Report on vaccination in Madras 1895-1903 - 1895-1903
Year: 1895
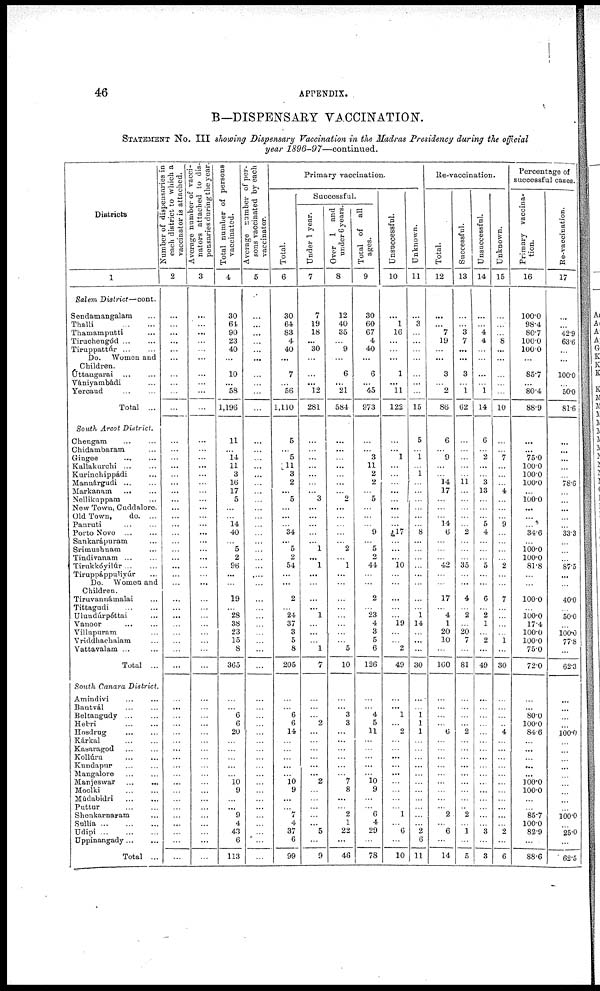
46
APPENDIX.
B—DISPENSARY VACCINATION.
STATEMENT NO. III showing Dispensary Vaccination in the Madras Presidency during the official
year 1896-97—continued.
Districts
1
Salem District—cont.
Sendamangalam ...
Thalli ... ...
Thamamputti ...
Tiruchengód ... ...
Tiruppattúr
...
...
Do. Women and
Children.
Úttangarai ... ...
Vániyambadi ...
Yercaud ... ...
Total ...
South Arcot District.
Chengam ... ...
Chidambaram ...
Gingee
...
...
Kallakurchi
...
...
Kurinchippádi ...
Mannárgudi
...
...
Markanam ... ...
Nellikuppam ... ...
New Town, Cuddalore.
Old Town,
do. ...
Panruti ... ...
Porto Novo ... ...
Sankarápuram ...
Srimushnam ...
Tindivanam ... ...
Tirukkóyilúr ... ...
Tiruppáppuliyúr ...
Do. Women and
Children.
Tiruvannámalai ...
Tittagudi
...
...
Ulundúrpéttai ...
Vanoor
...
...
Villupuram ...
Vriddhachalam ...
Vattavalam ... ...
Total ...
South Canara District.
Amindivi ... ...
Bantvál ... ...
Beltangudy
...
...
Hebri
...
...
Hosdrug ... ...
Kárkal
...
...
Kasaragod
...
...
Kollúru
...
...
Kundapur ... ...
Mangalore ... ...
Manjeswar ...
...
Moolki
...
...
Módabidri
...
...
Puttur
...
...
Shenkarnaram ...
Sullia
...
...
...
Udipi
...
...
...
Uppinangady ...
Total ...
Number of dispensaries in
each district to which a
vaccinator is attached.
2
...
...
...
...
...
...
...
...
...
...
...
...
...
...
...
...
...
...
...
...
...
...
...
...
...
...
...
...
...
...
...
...
...
...
...
...
...
...
...
...
...
...
...
...
...
...
...
...
...
...
...
...
...
...
...
Average number of vacci¬
nators attached to dis-
pensaries during the year.
3
...
...
...
...
...
...
...
...
...
...
...
...
...
...
...
...
...
...
...
...
...
...
...
...
...
...
...
...
...
...
...
...
...
...
...
...
...
...
...
...
...
...
...
...
...
...
...
...
...
...
...
...
...
...
...
Total number of persons
vaccinated.
4
30
64
90
23
40
...
10
...
58
1,196
11
...
14
11
3
16
17
5
...
...
14
40
...
5
2
96
...
...
19
...
28
38
23
15
8
365
...
...
6
6
20
...
...
...
...
...
10
9
...
...
9
4
43
6
113
Average number of per¬
sons vaccinated by each
vaccinator.
5
...
...
...
...
...
...
...
...
...
...
...
...
...
...
...
...
...
...
...
...
...
...
...
...
...
...
....
...
...
...
...
...
...
...
...
...
...
...
...
...
...
...
...
...
...
...
...
...
...
...
...
...
...
...
...
Primary vaccination.
Total.
6
30
64
83
4
40
...
7
...
56
1,110
5
...
5
11
3
2
...
5
...
...
...
34
...
5
2
54
...
...
2
...
24
37
3
5
8
205
...
...
6
6
14
...
...
...
...
...
10 9
...
...
7
4
37
6
99
Successful.
Under 1 year.
7
7
19
18
...
30
...
...
...
12
281
...
...
...
...
...
...
...
3
...
...
...
...
...
1
...
1
...
...
...
...
1
...
...
...
1
7
...
...
...
2
...
...
...
...
...
...
2
...
...
...
...
...
5
...
9
Over 1 and
under 6 years.
8
12
40
35
...
9
...
6
...
21
584
...
...
...
...
...
...
...
2
...
...
...
...
...
2
...
1
...
...
...
...
...
...
...
...
5
10
...
...
3
3
...
...
...
...
...
...
7
8
...
...
2
1
22
...
46
Total of
all
ages.
9
30
60
67
4
40
...
6
...
45
973
...
...
3
11
2
2
...
5
...
...
...
9
...
5
2
44
...
...
2
...
23
4
3
5
6
126
...
...
4
5
11
...
...
...
...
...
10
9
...
...
6
4
29
...
78
Unsuccessful.
10
...
1
16
...
...
...
1
...
11
122
...
...
1
...
...
...
...
...
...
...
...
17
...
...
...
10
...
...
...
...
...
19
...
...
2
49
...
...
1
...
2
...
...
...
...
...
...
...
...
...
1
...
6
...
10
Unknown.
11
...
3
...
...
...
...
...
...
...
15
5
...
1
...
1
...
...
...
...
...
...
8
...
...
...
...
...
...
...
...
1
14
...
...
...
30
...
...
1
1
1
...
...
...
...
...
...
...
...
...
...
...
2
6
11
Re-vaccination.
Total.
12
...
...
7
19
...
...
3
...
2
86
6
...
9
...
...
14
17
...
...
...
14
6
...
...
...
42
...
...
17
...
4
1
20
10
...
160
...
...
...
...
6
...
...
...
...
...
...
...
...
...
2
...
6
...
14
Successful.
13
...
...
3
7
...
...
3
...
1
62
...
...
...
...
...
11
...
...
...
...
...
2
...
...
...
35
...
...
4
...
2
...
20
7
...
81
...
...
...
...
2
...
...
...
...
...
...
...
...
...
2
...
1
...
5
Unsuccessful.
14
...
...
4
4
...
...
...
...
1
14
6
...
2
...
...
3
13
...
...
...
5
4
...
...
...
5
...
...
6
...
2
1
...
2
...
49
...
...
...
...
...
...
...
...
...
...
...
...
...
...
...
...
3
...
3
Unknown.
15
...
...
...
8
...
...
...
...
...
10
...
...
7
...
...
...
4
...
...
...
9
...
...
...
...
2
...
...
7
...
...
...
...
1
...
30
...
...
...
...
4
...
...
...
...
...
...
...
...
...
...
...
2
...
6
Percentage of
successful cases.
Primary vaccina-
tion.
16
100.0
98.4
80.7
100.0
100.0
...
85.7
...
80.4
88.9
...
...
75.0
100.0
100.0
100.0
...
100.0
...
...
...
34.6
...
100.0
100.0
81.8
...
...
100.0
...
100.0
17.4
100.0
100.0
75.0
72.0
...
...
80.0
100.0
84.6
...
...
...
...
...
100.0
100.0
...
...
85.7
100.0
82.9
...
88.6
Re-vaccination.
17
...
...
42.9
63.6
...
...
100.0
...
50.0
81.6
...
...
...
...
...
78.6
...
...
...
...
...
33.3
...
...
...
87.5
...
...
40.0
...
50.0
...
100.0
77.8
...
62.3
...
...
...
...
100.0
...
...
...
...
...
...
...
...
...
100.0
...
25.0
...
62.5